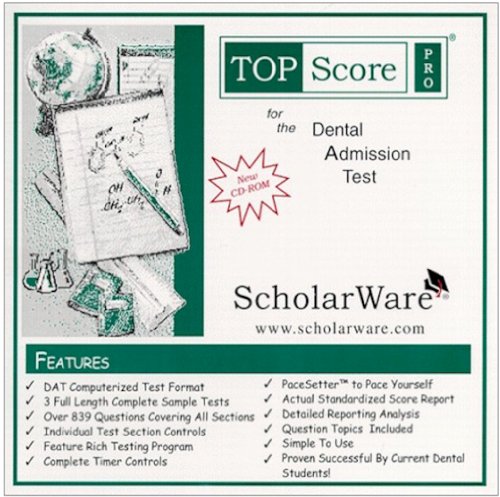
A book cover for Dental Admission Test (DAT) Computerized Sample Tests and Guide, TopScore Pro for the DAT; ScholarWare.com; Test Preparation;